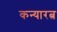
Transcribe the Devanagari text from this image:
कन्यारत्न